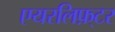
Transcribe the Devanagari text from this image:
एयरलिफ़्टर